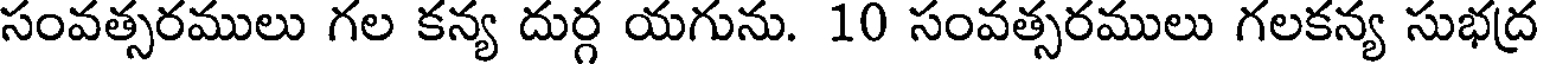
సంవత్సరములు గల కన్య దుర్గ యగును. 10 సంవత్సరములు గలకన్య సుభద్ర